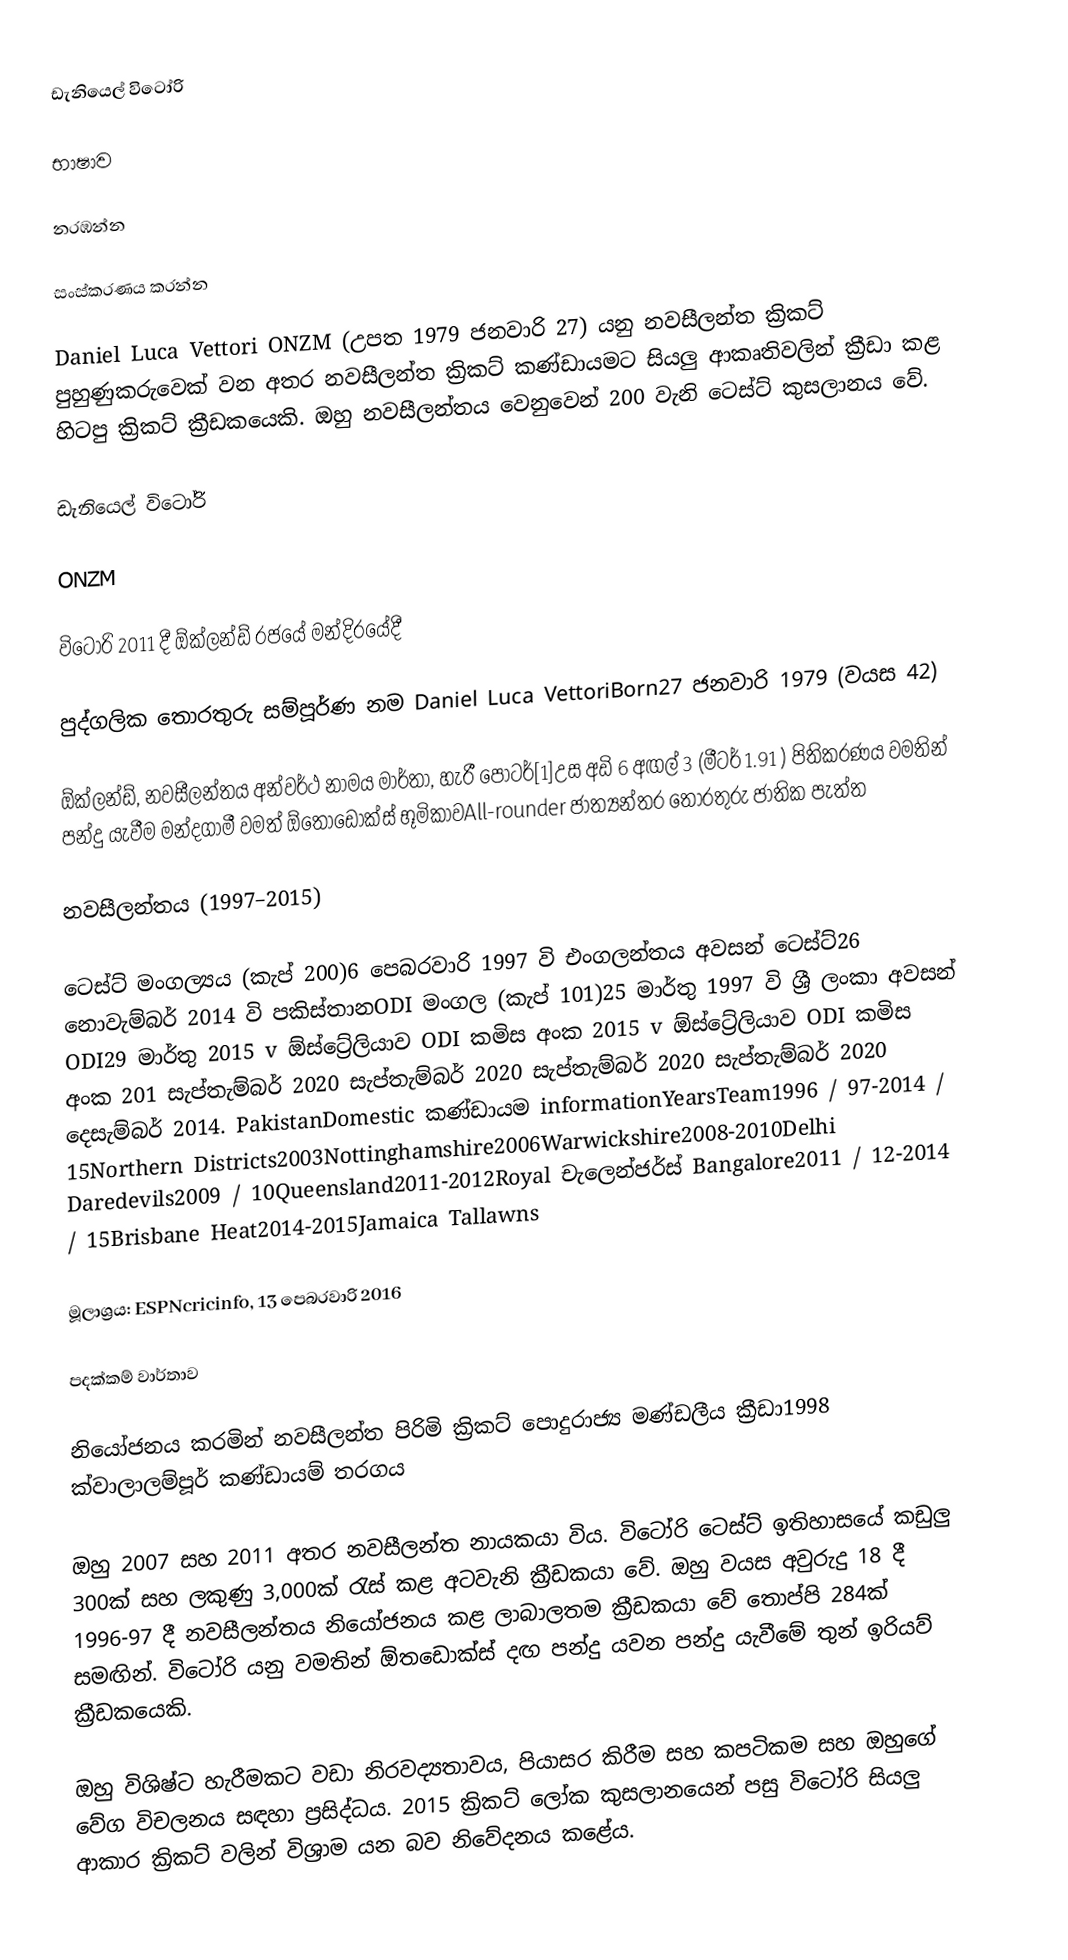
ඩැනියෙල් විටෝරි

භාෂාව

නරඹන්න

සංස්කරණය කරන්න

Daniel Luca Vettori ONZM (උපත 1979 ජනවාරි 27) යනු නවසීලන්ත ක්‍රිකට් පුහුණුකරුවෙක් වන අතර නවසීලන්ත ක්‍රිකට් කණ්ඩායමට සියලු ආකෘතිවලින්  ක්‍රීඩා කළ හිටපු ක්‍රිකට් ක්‍රීඩකයෙකි.  ඔහු නවසීලන්තය වෙනුවෙන් 200 වැනි ටෙස්ට් කුසලානය වේ.

ඩැනියෙල් විටෝරි

ONZM

විටෝරි 2011 දී ඕක්ලන්ඩ් රජයේ මන්දිරයේදී

පුද්ගලික තොරතුරු සම්පූර්ණ නම Daniel Luca VettoriBorn27 ජනවාරි 1979 (වයස 42)

ඕක්ලන්ඩ්, නවසීලන්තය අන්වර්ථ නාමය මාර්තා, හැරී පොටර්[1]උස අඩි 6 අඟල් 3  (මීටර් 1.91 ) පිතිකරණය වමතින් පන්දු යැවීම මන්දගාමී වමත් ඕතොඩොක්ස් භූමිකාවAll-rounder ජාත්‍යන්තර තොරතුරු ජාතික පැත්ත

නවසීලන්තය (1997–2015)

ටෙස්ට් මංගල්‍යය (කැප් 200)6 පෙබරවාරි 1997 වි එංගලන්තය අවසන් ටෙස්ට්26 නොවැම්බර් 2014 වි පකිස්තානODI මංගල (කැප් 101)25 මාර්තු 1997 වි ශ්‍රී ලංකා අවසන් ODI29 මාර්තු 2015 v ඕස්ට්‍රේලියාව ODI කමිස අංක 2015 v ඕස්ට්‍රේලියාව ODI කමිස අංක 201 සැප්තැම්බර් 2020 සැප්තැම්බර් 2020 සැප්තැම්බර් 2020 සැප්තැම්බර් 2020 දෙසැම්බර් 2014.  PakistanDomestic කණ්ඩායම informationYearsTeam1996 / 97-2014 / 15Northern Districts2003Nottinghamshire2006Warwickshire2008-2010Delhi Daredevils2009 / 10Queensland2011-2012Royal චැලෙන්ජර්ස් Bangalore2011 / 12-2014 / 15Brisbane Heat2014-2015Jamaica Tallawns

මූලාශ්‍රය: ESPNcricinfo, 13 පෙබරවාරි 2016

පදක්කම් වාර්තාව

නියෝජනය කරමින්  නවසීලන්ත පිරිමි ක්‍රිකට් පොදුරාජ්‍ය මණ්ඩලීය ක්‍රීඩා1998 ක්වාලාලම්පූර් කණ්ඩායම් තරගය

ඔහු 2007 සහ 2011 අතර නවසීලන්ත නායකයා විය. විටෝරි ටෙස්ට් ඉතිහාසයේ කඩුලු 300ක් සහ ලකුණු 3,000ක් රැස් කළ අටවැනි ක්‍රීඩකයා වේ.  ඔහු වයස අවුරුදු 18 දී 1996-97 දී නවසීලන්තය නියෝජනය කළ ලාබාලතම ක්‍රීඩකයා වේ  තොප්පි 284ක් සමඟින්.  විටෝරි යනු වමතින් ඕතඩොක්ස් දඟ පන්දු යවන පන්දු යැවීමේ තුන් ඉරියව් ක්‍රීඩකයෙකි.

ඔහු විශිෂ්ට හැරීමකට වඩා නිරවද්‍යතාවය, පියාසර කිරීම සහ කපටිකම සහ ඔහුගේ වේග විචලනය සඳහා ප්‍රසිද්ධය.  2015 ක්‍රිකට් ලෝක කුසලානයෙන් පසු විටෝරි සියලු ආකාර ක්‍රිකට් වලින් විශ්‍රාම යන බව නිවේදනය කළේය.